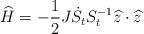
LaTeX: \begin{align*}\widehat{H}=-\frac{1}{2}J\dot{S}_{t}S_{t}^{-1}\widehat{z}\cdot\widehat{z}\end{align*}